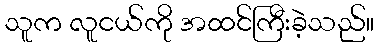
သူက လူငယ်ကို အထင်ကြီးခဲ့သည်။